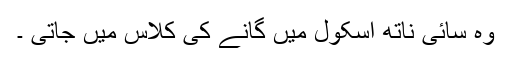
وہ سائی ناتھ اسکول میں گانے کی کلاس میں جاتی ۔